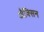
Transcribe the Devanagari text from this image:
औक्सिन